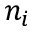
n _ { i }